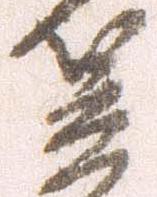
笠